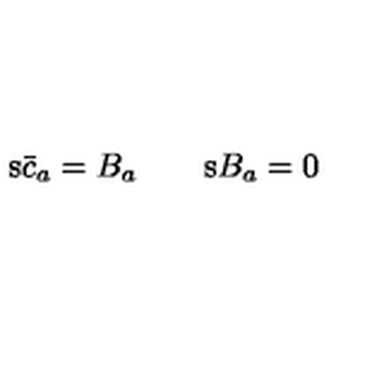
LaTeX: \mathrm { s } \bar { c } _ { a } = B _ { a } \qquad \mathrm { s } B _ { a } = 0